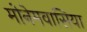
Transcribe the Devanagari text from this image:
मोनेमवासिया